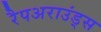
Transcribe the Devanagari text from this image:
रैपअराउंड्स